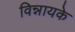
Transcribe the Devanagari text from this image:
विन्नायके